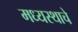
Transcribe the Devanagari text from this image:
मध्यस्थाचे